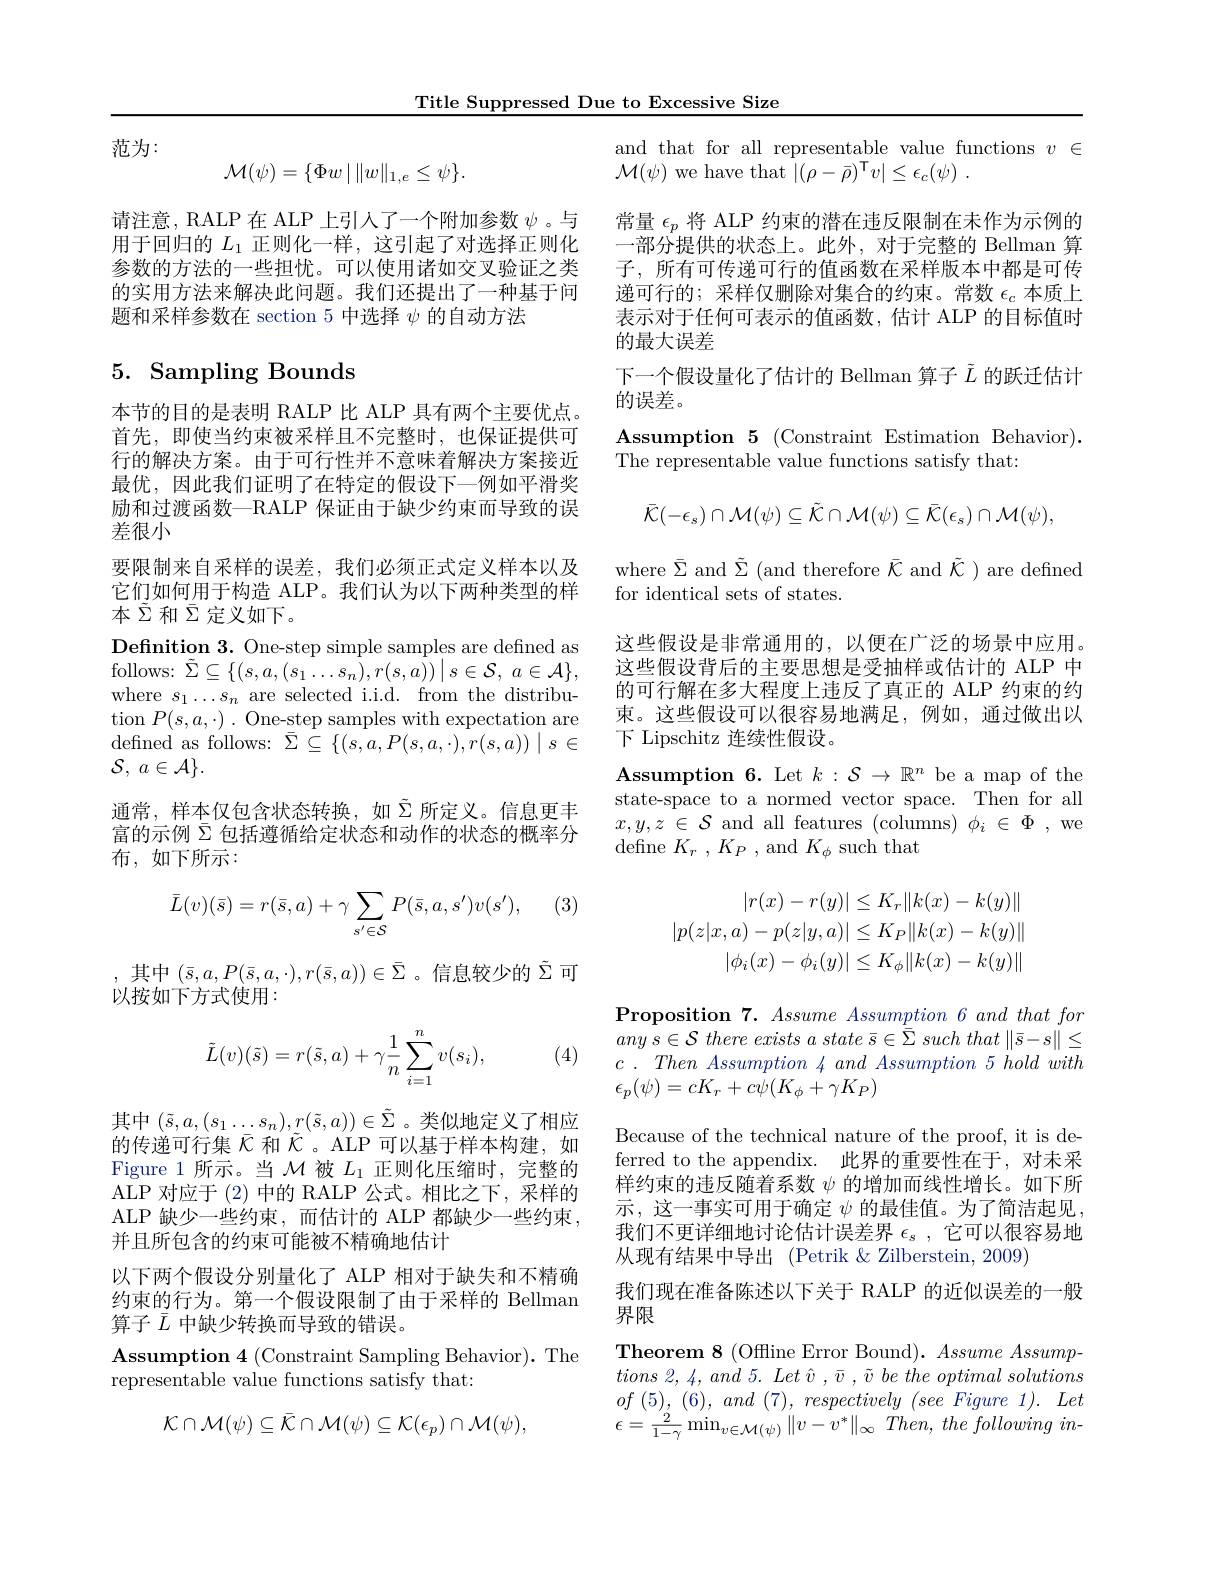
Title Suppressed Due to Excessive Size

范为：
$$\mathcal{M}(\psi)=\{\Phi w\mid\|w\|_{1,e}\leq\psi\}.$$
请注意，RALP 在 ALP 上引人了一个附加参数$\psi$ 。与用于回归的$L_1$正则化一样，这引起了对选择正则化参数的方法的一些担忧。可以使用诸如交叉验证之类的实用方法来解决此问题。我们还提出了一种基于问题和采样参数在 section 5 中选择$\psi$的自动方法

## 5. Sampling Bounds

本节的目的是表明 RALP 比 ALP 具有两个主要优点。首先，即使当约束被采样且不完整时，也保证提供可行的解决方案。由于可行性并不意味着解决方案接近最优，因此我们证明了在特定的假设下一例如平滑奖励和过渡函数—RALP 保证由于缺少约束而导致的误差很小
要限制来自采样的误差，我们必须正式定义样本以及它们如何用于构造 ALP。我们认为以下两种类型的样本$\tilde{\Sigma}$和$\bar{\Sigma}$定义如下。
Definition 3. One-step simple samples are defined as follows: $\tilde{\Sigma } \subseteq \{ ( s, a, ( s_{1}\ldots s_{n}) , r( s, a) ) \mid s\in \mathcal{S} $, $a\in \mathcal{A} \} $, where $s_1\ldots s_n$ are selected i.i.d. from the distribu- $\operatorname { tion} P( s, a, \cdot )$ .One-step samples with expectation are ${\mathrm{defined~as~follows:~}}\bar{\Sigma}\subseteq\{(s,a,P(s,a,\cdot),r(s,a))\mid s\in$ $\mathcal{S} $, $a\in \mathcal{A} \} .$
通常，样本仅包含状态转换，如$\tilde{\Sigma}$所定义。信息更丰富的示例$\bar{\Sigma}$包括遵循给定状态和动作的状态的概率分

布，如下所示：

 , (3)
$$\bar{L}(v)(\bar{s})=r(\bar{s},a)+\gamma\sum_{s'\in\mathcal{S}}P(\bar{s},a,s')v(s'),$$
,其中$(\bar{s},a,P(\bar{s},a,\cdot),r(\bar{s},a))\in\bar{\Sigma}$。信息较少的$\tilde{\Sigma}$可
以按如下方式使用：

(4)
$$\tilde{L}(v)(\tilde{s})=r(\tilde{s},a)+\gamma\frac{1}{n}\sum_{i=1}^{n}v(s_i),$$
其中$(\tilde{s},a,(s_1\ldots s_n),r(\tilde{s},a))\in\tilde{\Sigma}$。类似地定义了相应的传递可行集$\bar{\mathcal{C}}$和$\tilde{\mathcal{C}}$。ALP 可以基于样本构建，如Figure 1 所示。当$\mathcal{M}$被$L_1$正则化压缩时，完整的ALP 对应于 (2) 中的 RALP 公式。相比之下，采样的ALP 缺少一些约束，而估计的 ALP 都缺少一些约束， 并且所包含的约束可能被不精确地估计
以下两个假设分别量化了 ALP 相对于缺失和不精确约束的行为。第一个假设限制了由于采样的 Bellman 算子$\bar{L}$中缺少转换而导致的错误。
Assumption 4 ( Constraint Sampling Behavior) . The
representable value functions satisfy that:
$$\mathcal K\cap\mathcal M(\psi)\subseteq\bar{\mathcal K}\cap\mathcal M(\psi)\subseteq\mathcal K(\epsilon_{p})\cap\mathcal M(\psi),$$
and that for all representable value functions $v\in$
$\mathcal{M}(\psi)$ we have that $| ( \rho - \bar{\rho } ) ^{\mathsf{T} }v| \leq \epsilon _{c}( \psi )$ .

常量$\epsilon_p$将 ALP 约束的潜在违反限制在未作为示例的一部分提供的状态上。此外，对于完整的 Bellman 算子，所有可传递可行的值函数在采样版本中都是可传递可行的；采样仅删除对集合的约束。常数$\epsilon_c$本质上表示对于任何可表示的值函数，估计 ALP 的目标值时的最大误差
下一个假设量化了估计的 Bellman 算子$\tilde{L}$的跃迁估计
的误差。
Assumption 5 (Constraint Estimation Behavior).
The representable value functions satisfy that:
$$\bar{\mathcal{K}}(-\epsilon_{s})\cap\mathcal{M}(\psi)\subseteq\tilde{\mathcal{K}}\cap\mathcal{M}(\psi)\subseteq\bar{\mathcal{K}}(\epsilon_{s})\cap\mathcal{M}(\psi),$$
where $\bar{\Sigma}$ and $\tilde{\Sigma}$ (and therefore $\bar{\mathcal{K}}$ and $\tilde{\mathcal{K}})$ are defined
for identical sets of states.
这些假设是非常通用的，以便在广泛的场景中应用。

这些假设背后的主要思想是受抽样或估计的 ALP 中的可行解在多大程度上违反了真正的 ALP 约束的约束。这些假设可以很容易地满足，例如，通过做出以下 Lipschitz 连续性假设。

$\mathbf{Assumption~6.~Let~}k:\mathcal{S}\to\mathbb{R}^n$ be a map of the state-space to a normed vector space. Then for all $x,y,z\in\mathcal{S}$ and all features (columns) $\phi_i\in\Phi$,we define $K_r,K_P$, and $K_\phi$ such that
$$|r(x)-r(y)|\leq K_{r}\|k(x)-k(y)\|\\|p(z|x,a)-p(z|y,a)|\leq K_{P}\|k(x)-k(y)\|\\|\phi_{i}(x)-\phi_{i}(y)|\leq K_{\phi}\|k(x)-k(y)\|$$
$\textbf{Proposition 7. Assume Assumption 6 and that for}$ any $s\in \mathcal{S}$ there exists $a$ state $\bar{s} \in \bar{\bar{\Sigma } }$ such that $\| \bar{s} - s\| \leq$ $c$ . Then Assumption 4 and Assumption 5 hold with $\epsilon_p(\psi)=cK_r+c\psi(K_\phi+\gamma K_P)$

Because of the technical nature of the proof, it is deferred to the appendix.此界的重要性在于，对未采样约束的违反随着系数$\psi$的增加而线性增长。如下所示，这一事实可用于确定$\psi$的最佳值。为了简洁起见， 我们不更详细地讨论估计误差界$\epsilon_s$,它可以很容易地从现有结果中导出 (Petrik &Zilberstein,2009)
我们现在准备陈述以下关于 RALP 的近似误差的一般
界限
Theorem 8 (Offline Error Bound). Assume Assumptions 2, 4, and 5. Let $\hat{v}$ , $\bar{v}$ $be$ the optimal solutions $of( 5) $, (6), and (7), respectively $( see$ Figure 1). Let $\epsilon=\frac{2}{1-\gamma}\operatorname*{min}_{v\in\mathcal{M}(\psi)}\|v-v^{*}\|_{\infty}~\dot{Then},~the~following~in-$